Indian journal of veterinary science and animal husbandry - Volume 6,
Year: 1936
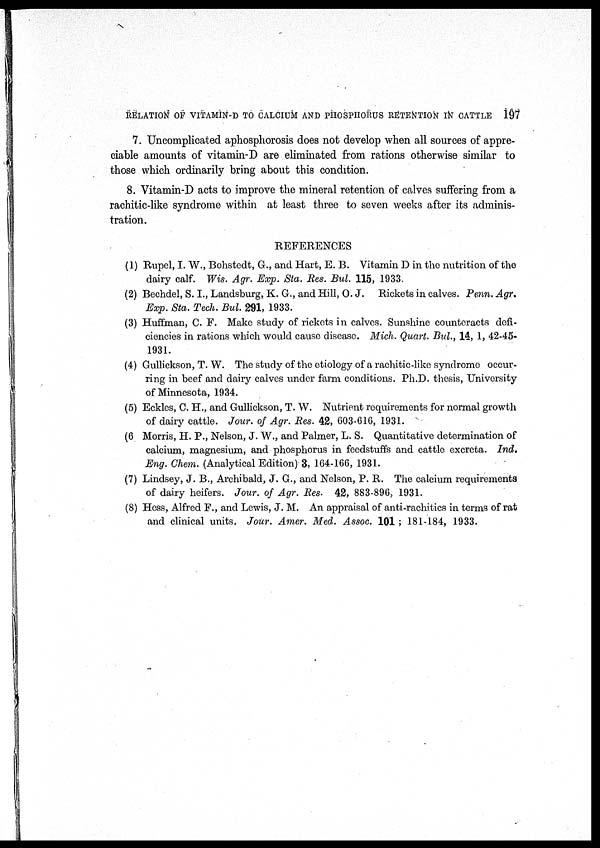
RELATION OF VITAMIN-D TO CALCIUM AND PHOSPHORUS RETENTION IN CATTLE 197
7. Uncomplicated aphosphorosis does not develop when all sources of appre-
ciable amounts of vitamin-D are eliminated from rations otherwise similar to
those which ordinarily bring about this condition.
8. Vitamin-D acts to improve the mineral retention of calves suffering from a
rachitic-like syndrome within at least three to seven weeks after its adminis-
tration.
REFERENCES
(1) Rupel, I. W., Bohstedt, G., and Hart, E. B. Vitamin D in the nutrition of the
dairy calf. Wis. Agr. Exp. Sta. Res. Bul. 115, 1933.
(2) Bechdel, S. I., Landsburg, K. G., and Hill, O. J. Rickets in calves. Penn. Agr.
Exp. Sta. Tech. Bul. 291, 1933.
(3) Huffman, C. F. Make study of rickets in calves. Sunshine counteracts defi-
ciencies in rations which would cause disease. Mich. Quart. Bul., 14, 1, 42-45-
1931.
(4) Gullickson, T. W. The study of the etiology of a rachitic-like syndrome occur-
ring in beef and dairy calves under farm conditions. Ph.D. thesis, University
of Minnesota, 1934.
(5) Eckles, C. H., and Gullickson, T. W. Nutrient requirements for normal growth
of dairy cattle. Jour. of Agr. Res. 42, 603-616, 1931.
(6 Morris, H. P., Nelson, J. W., and Palmer, L. S. Quantitative determination of
calcium, magnesium, and phosphorus in feedstuffs and cattle excreta. Ind.
Eng. Chem. (Analytical Edition) 3, 164-166, 1931.
(7) Lindsey, J. B., Archibald, J. G., and Nelson, P. R. The calcium requirements
of dairy heifers. Jour. of Agr. Res. 42, 883-896, 1931.
(8) Hess, Alfred F., and Lewis, J. M. An appraisal of anti-rachitics in terms of rat
and clinical units. Jour. Amer. Med. Assoc. 101 ; 181-184, 1933.